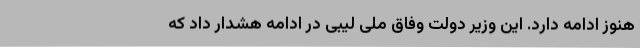
هنوز ادامه دارد. این وزیر دولت وفاق ملی لیبی در ادامه هشدار داد که